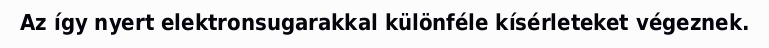
Az így nyert elektronsugarakkal különféle kísérleteket végeznek.